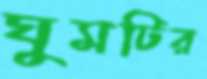
ঘুমটির